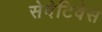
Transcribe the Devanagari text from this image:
सेदेटिवेस